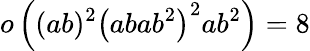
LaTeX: o\left((ab)^{2}\left(abab^{2}\right)^{2}ab^{2}\right)=8